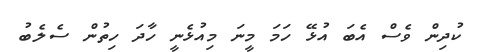
ކުދިން ވެސް އެބަ އުޅޭ ހަމަ މީނަ މިއުޅެނީ ހާދަ ހިތުން ސެލެބު